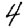
Digit: 4